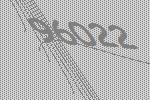
96022